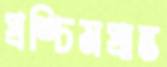
প্রশ্চিমপ্রান্ত